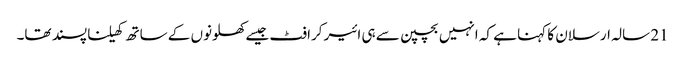
21 سالہ ارسلان کا کہنا ہے کہ انہیں بچپن سے ہی ائیر کرافٹ جیسے کھلونوں کے ساتھ کھیلنا پسند تھا۔